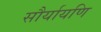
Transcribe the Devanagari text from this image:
सौर्यायणि